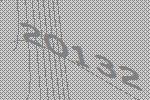
20132